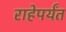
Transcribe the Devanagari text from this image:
राहेपर्यंत